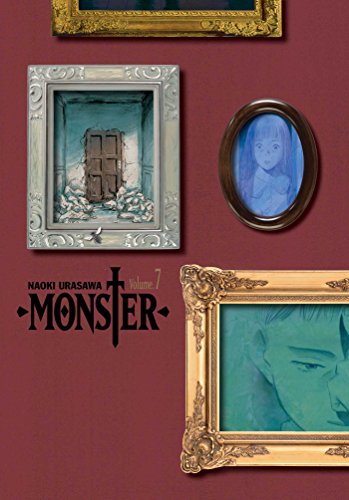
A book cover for Monster, Vol. 7: The Perfect Edition; Naoki Urasawa; Comics & Graphic Novels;